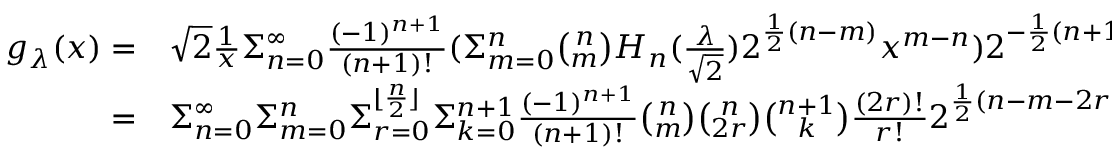
\begin{array} { r l } { g _ { \lambda } ( x ) = } & { { } \sqrt { 2 } \frac { 1 } { x } \Sigma _ { n = 0 } ^ { \infty } \frac { ( - 1 ) ^ { n + 1 } } { ( n + 1 ) ! } ( \Sigma _ { m = 0 } ^ { n } { \binom { n } { m } } H _ { n } ( \frac { \lambda } { \sqrt { 2 } } ) 2 ^ { \frac { 1 } { 2 } ( n - m ) } x ^ { m - n } ) 2 ^ { - \frac { 1 } { 2 } ( n + 1 ) } \Sigma _ { k = 0 } ^ { n + 1 } \binom { n + 1 } { k } x ^ { k - n - 1 } \lambda ^ { k } } \\ { = } & { { } \Sigma _ { n = 0 } ^ { \infty } \Sigma _ { m = 0 } ^ { n } \Sigma _ { r = 0 } ^ { \lfloor \frac { n } { 2 } \rfloor } \Sigma _ { k = 0 } ^ { n + 1 } \frac { ( - 1 ) ^ { n + 1 } } { ( n + 1 ) ! } \binom { n } { m } \binom { n } { 2 r } \binom { n + 1 } { k } \frac { ( 2 r ) ! } { r ! } 2 ^ { \frac { 1 } { 2 } ( n - m - 2 r ) } H _ { n - 2 i } ( \lambda ) \lambda ^ { k } x ^ { k + m - 2 ( n + 1 ) } } \end{array}